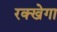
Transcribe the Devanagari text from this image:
रक्खेगा